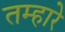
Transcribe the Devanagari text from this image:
तम्हारे